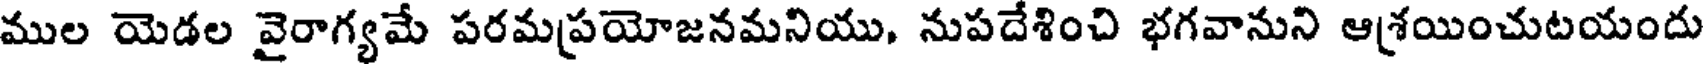
ముల యెడల వైరాగ్యమే పరమప్రయోజనమనియు, నుపదేశించి భగవానుని ఆశ్రయించుటయందు